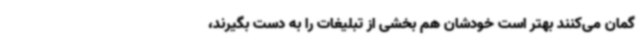
گمان می‌کنند بهتر است خودشان هم بخشی از تبلیغات را به دست بگیرند،